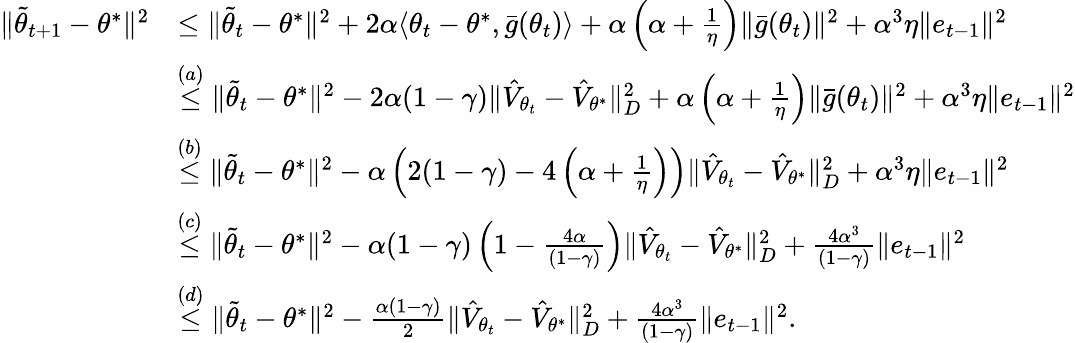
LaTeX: \begin{array}{rl}{\Vert\tilde{\theta}_{t+1}-\theta^{*}\Vert^{2}}&{\leq\Vert\tilde{\theta}_{t}-\theta^{*}\Vert^{2}+2\alpha\langle{\theta}_{t}-\theta^{*},\bar{g}(\theta_{t})\rangle+\alpha\left(\alpha+\frac{1}{\eta}\right)\Vert\bar{g}(\theta_{t})\Vert^{2}+\alpha^{3}\eta\Vert e_{t-1}\Vert^{2}}\\ &{\overset{(a)}\leq\Vert\tilde{\theta}_{t}-\theta^{*}\Vert^{2}-2\alpha(1-\gamma)\Vert\hat{V}_{\theta_{t}}-\hat{V}_{\theta^{*}}\Vert_{D}^{2}+\alpha\left(\alpha+\frac{1}{\eta}\right)\Vert\bar{g}(\theta_{t})\Vert^{2}+\alpha^{3}\eta\Vert e_{t-1}\Vert^{2}}\\ &{\overset{(b)}\leq\Vert\tilde{\theta}_{t}-\theta^{*}\Vert^{2}-\alpha\left(2(1-\gamma)-4\left(\alpha+\frac{1}{\eta}\right)\right)\Vert\hat{V}_{{\theta}_{t}}-\hat{V}_{\theta^{*}}\Vert_{D}^{2}+\alpha^{3}\eta\Vert e_{t-1}\Vert^{2}}\\ &{\overset{(c)}\leq\Vert\tilde{\theta}_{t}-\theta^{*}\Vert^{2}-\alpha(1-\gamma)\left(1-\frac{4\alpha}{(1-\gamma)}\right)\Vert\hat{V}_{{\theta}_{t}}-\hat{V}_{\theta^{*}}\Vert_{D}^{2}+\frac{4\alpha^{3}}{(1-\gamma)}\Vert e_{t-1}\Vert^{2}}\\ &{\overset{(d)}\leq\Vert\tilde{\theta}_{t}-\theta^{*}\Vert^{2}-\frac{\alpha(1-\gamma)}{2}\Vert\hat{V}_{{\theta}_{t}}-\hat{V}_{\theta^{*}}\Vert_{D}^{2}+\frac{4\alpha^{3}}{(1-\gamma)}\Vert e_{t-1}\Vert^{2}.}\end{array}